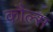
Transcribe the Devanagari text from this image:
कौल्स